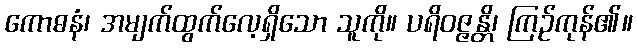
ကောဓနံ၊ အမျက်ထွက်လေ့ရှိသော သူကို။ ပရိဝဇ္ဇန္တိ၊ ကြဉ်ကုန်၏။